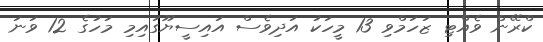
ކްރޭން ވެއްޓި ޒަހަމްވި 13 މީހަކު އަދިވެސް އައިސީޔޫގައިމި މަހުގެ 12 ވަނަ